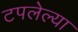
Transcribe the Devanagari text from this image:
टपलेल्या